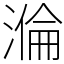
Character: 溣